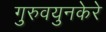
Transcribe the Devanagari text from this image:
गुरुवयुनकेरे